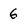
Character: 6